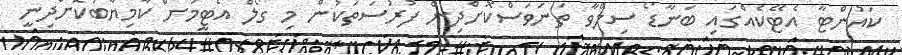
ކައުންޓާ އެޓޭކެއްގައި ބަނާޑޯ ސިލްވާ ތަނަވަސްކޮށްދިން ފުރުސަތަކުން މި ގޯލް އެޓީމަށް ކާމިޔާބުކޮށްދިނީ